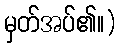
မှတ်အပ်၏။)